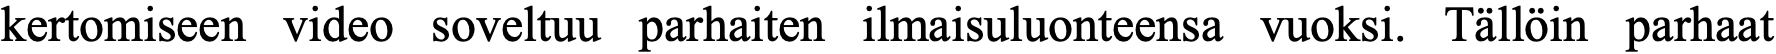
kertomiseen video soveltuu parhaiten ilmaisuluonteensa vuoksi. Tällöin parhaat